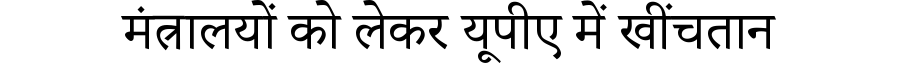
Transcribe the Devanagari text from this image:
मंत्रालयों को लेकर यूपीए में खींचतान